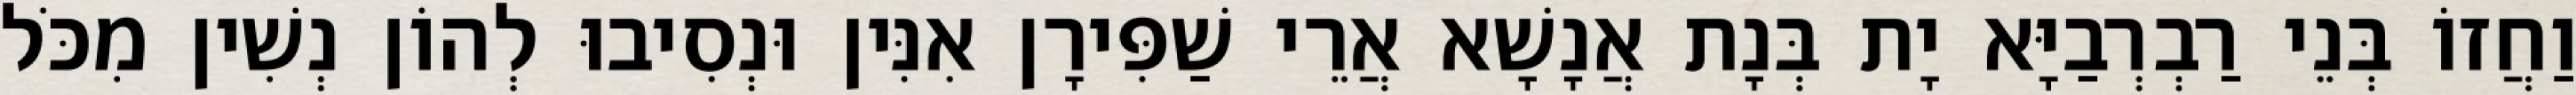
וַחֲזוֹ בְּנֵי רַבְרְבַיָּא יָת בְּנָת אֲנָשָׁא אֲרֵי שַׁפִּירָן אִנִּין וּנְסִיבוּ לְהוֹן נְשִׁין מִכֹּל